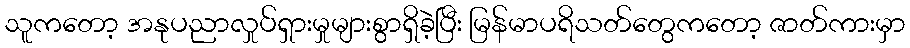
သူကတော့ အနုပညာလှုပ်ရှားမှုများစွာရှိခဲ့ပြီး မြန်မာပရိသတ်တွေကတော့ ဇာတ်ကားမှာ